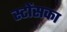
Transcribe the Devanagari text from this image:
स्टोंसका